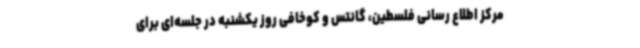
مرکز اطلاع رسانی فلسطین، گانتس و کوخافی روز یکشنبه در جلسه‌ای برای